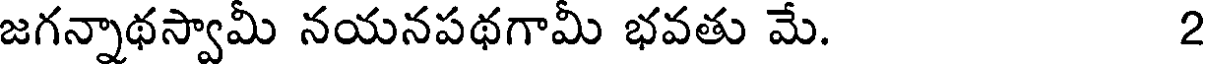
జగన్నాథస్వామీ నయనపథగామీ భవతు మే. 2